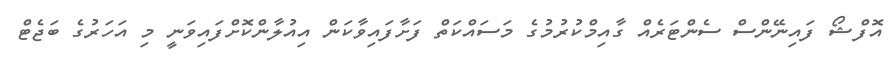
އޮފްޝޯ ފައިނޭންސް ސެންޓަރެއް ގާއިމްކުރުމުގެ މަސައްކަތް ފަށާފައިވާކަން އިއުލާންކޮށްފައިވަނީ މި އަހަރުގެ ބަޖެޓް